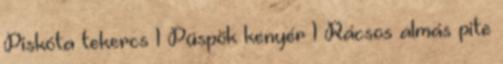
Piskóta tekercs 1 Püspök kenyér 1 Rácsos almás pite